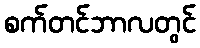
စက်တင်ဘာလတွင်